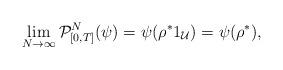
LaTeX: \begin{align*}\lim_{N\to \infty} {\cal P}^N_{[0, T ] }(\psi) = \psi(\rho^* 1_{\mathcal U} ) = \psi ( \rho^* ) , \end{align*}